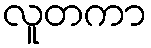
လူတကာ